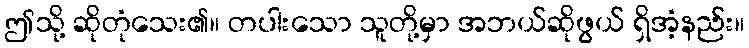
ဤသို့ ဆိုတုံသေး၏။ တပါးသော သူတို့မှာ အဘယ်ဆိုဖွယ် ရှိအံ့နည်း။